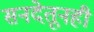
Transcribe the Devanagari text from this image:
सनदेतूनही